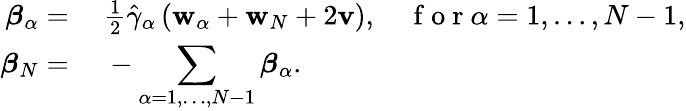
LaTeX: \begin{array}{rl}{\boldsymbol{\beta}_{\alpha}=}&{{}~\frac{1}{2}\hat{\gamma}_{\alpha}\left(\mathbf{w}_{\alpha}+\mathbf{w}_{N}+2\mathbf{v}\right),\quad\mathrm{~f~o~r~}\alpha=1,\dots,N-1,}\\ {\boldsymbol{\beta}_{N}=}&{{}~-\displaystyle\sum_{\alpha=1,\dots,N-1}\boldsymbol{\beta}_{\alpha}.}\end{array}